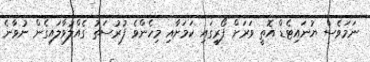
ނަމަވެސް ޔުނައިޓެޑް އޮތީ ވަރަށް ފޯރީގައި ކަމަށާއި މިހެންވެ ފުރުސަތު ގެއްލުވާލައިގެން ނުވާނެ